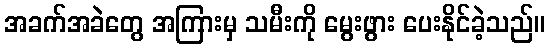
အခက်အခဲတွေ အကြားမှ သမီးကို မွေးဖွား ပေးနိုင်ခဲ့သည်။